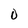
Character: O